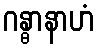
ဂန္ဓာနာဟံ